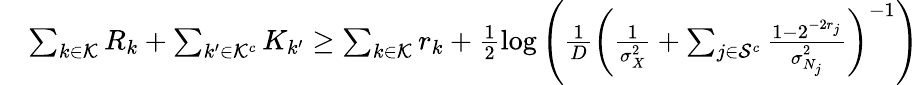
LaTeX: \begin{array}{rl}&{\sum_{k\in\mathcal{K}}R_{k}+\sum_{{k^{\prime}}\in\mathcal{K}^{c}}K_{k^{\prime}}\ge\sum_{k\in\mathcal{K}}r_{k}+\frac{1}{2}\log\left(\frac{1}{D}\left(\frac{1}{\sigma_{X}^{2}}+\sum_{j\in\mathcal{S}^{c}}\frac{1-2^{-2r_{j}}}{\sigma_{N_{j}}^{2}}\right)^{-1}\right)}\end{array}